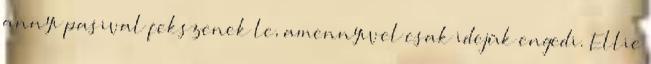
annyi pasival fekszenek le, amennyivel csak idejük engedi. Ellie